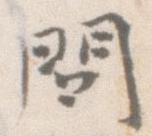
問